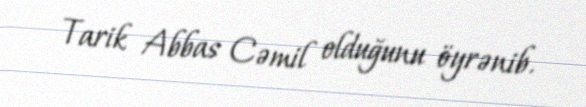
Tarik Abbas Cəmil olduğunu öyrənib.